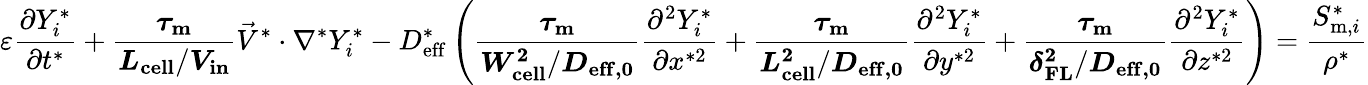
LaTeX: \varepsilon\frac{\partial Y_{i}^{*}}{\partial t^{*}}+\boldsymbol{\frac{\tau_{\mathrm{m}}}{L_{\mathrm{{cell}}}/V_{\mathrm{in}}}}\vec{V}^{*}\cdot\nabla^{*}Y_{i}^{*}-D_{\mathrm{eff}}^{*}\left(\boldsymbol{\frac{\tau_{\mathrm{m}}}{W_{\mathrm{{cell}}}^{2}/D_{\mathrm{{eff},0}}}}\frac{\partial^{2}Y_{i}^{*}}{\partial x^{*2}}+\boldsymbol{\frac{\tau_{\mathrm{m}}}{L_{\mathrm{{cell}}}^{2}/D_{\mathrm{{eff},0}}}}\frac{\partial^{2}Y_{i}^{*}}{\partial y^{*2}}+\boldsymbol{\frac{\tau_{\mathrm{m}}}{\delta_{\mathrm{{FL}}}^{2}/D_{\mathrm{{eff},0}}}}\frac{\partial^{2}Y_{i}^{*}}{\partial z^{*2}}\right)=\frac{S_{\mathrm{m},i}^{*}}{\rho^{*}}